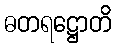
ဓတရဋ္ဌောတိ